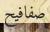
صفافيح